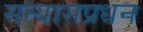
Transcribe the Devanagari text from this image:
सन्यासप्रधन